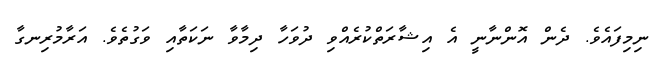
ނިމިފައެވެ. ދެން އޮންނާނީ އެ އިޝާރަތްކުރެއްވި ދުވަހާ ދިމާވާ ނަކަތާއި ވަގުތެވެ. އަރާމުރިނގާ